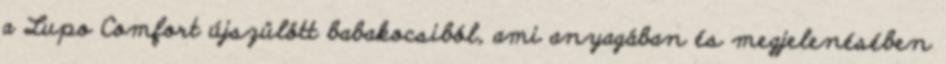
a Lupo Comfort újszülött babakocsiból, ami anyagában és megjelenésében